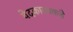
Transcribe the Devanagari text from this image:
वेदकाळाकडे